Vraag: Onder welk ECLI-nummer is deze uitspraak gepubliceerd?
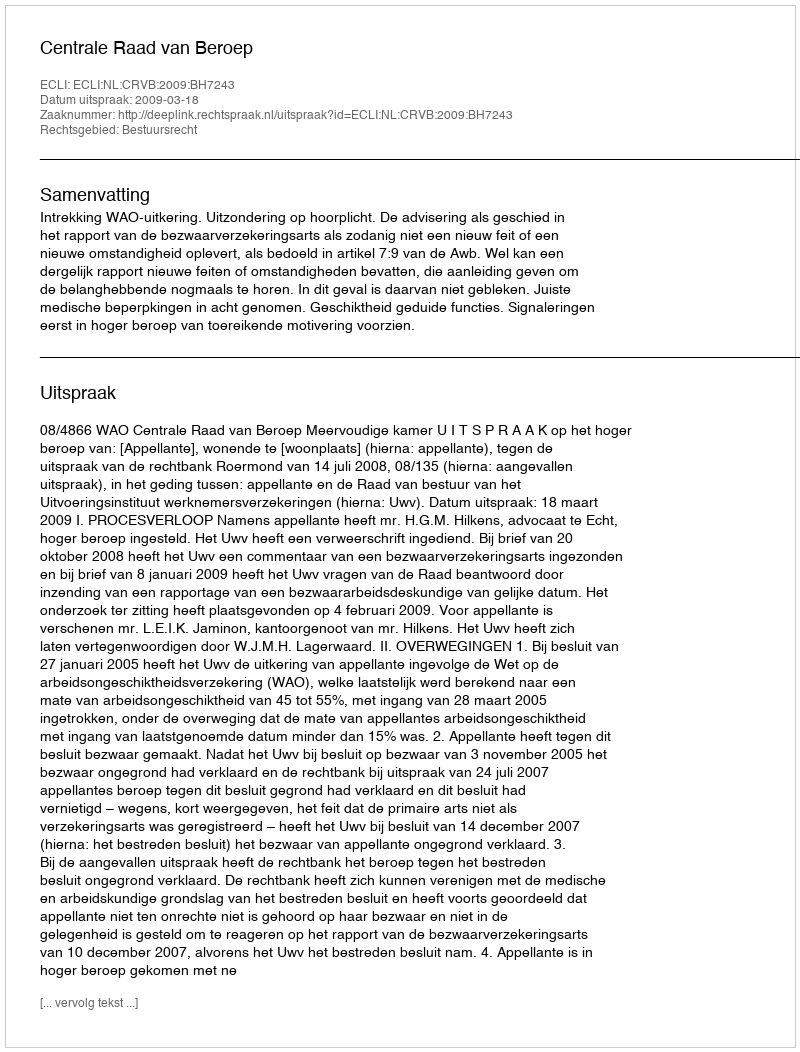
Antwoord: ECLI:NL:CRVB:2009:BH7243